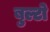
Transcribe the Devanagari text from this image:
बुल्टो